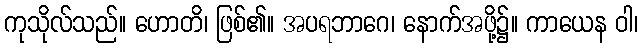
ကုသိုလ်သည်။ ဟောတိ၊ ဖြစ်၏။ အပရဘာဂေ၊ နောက်အဖို့၌။ ကာယေန ဝါ၊